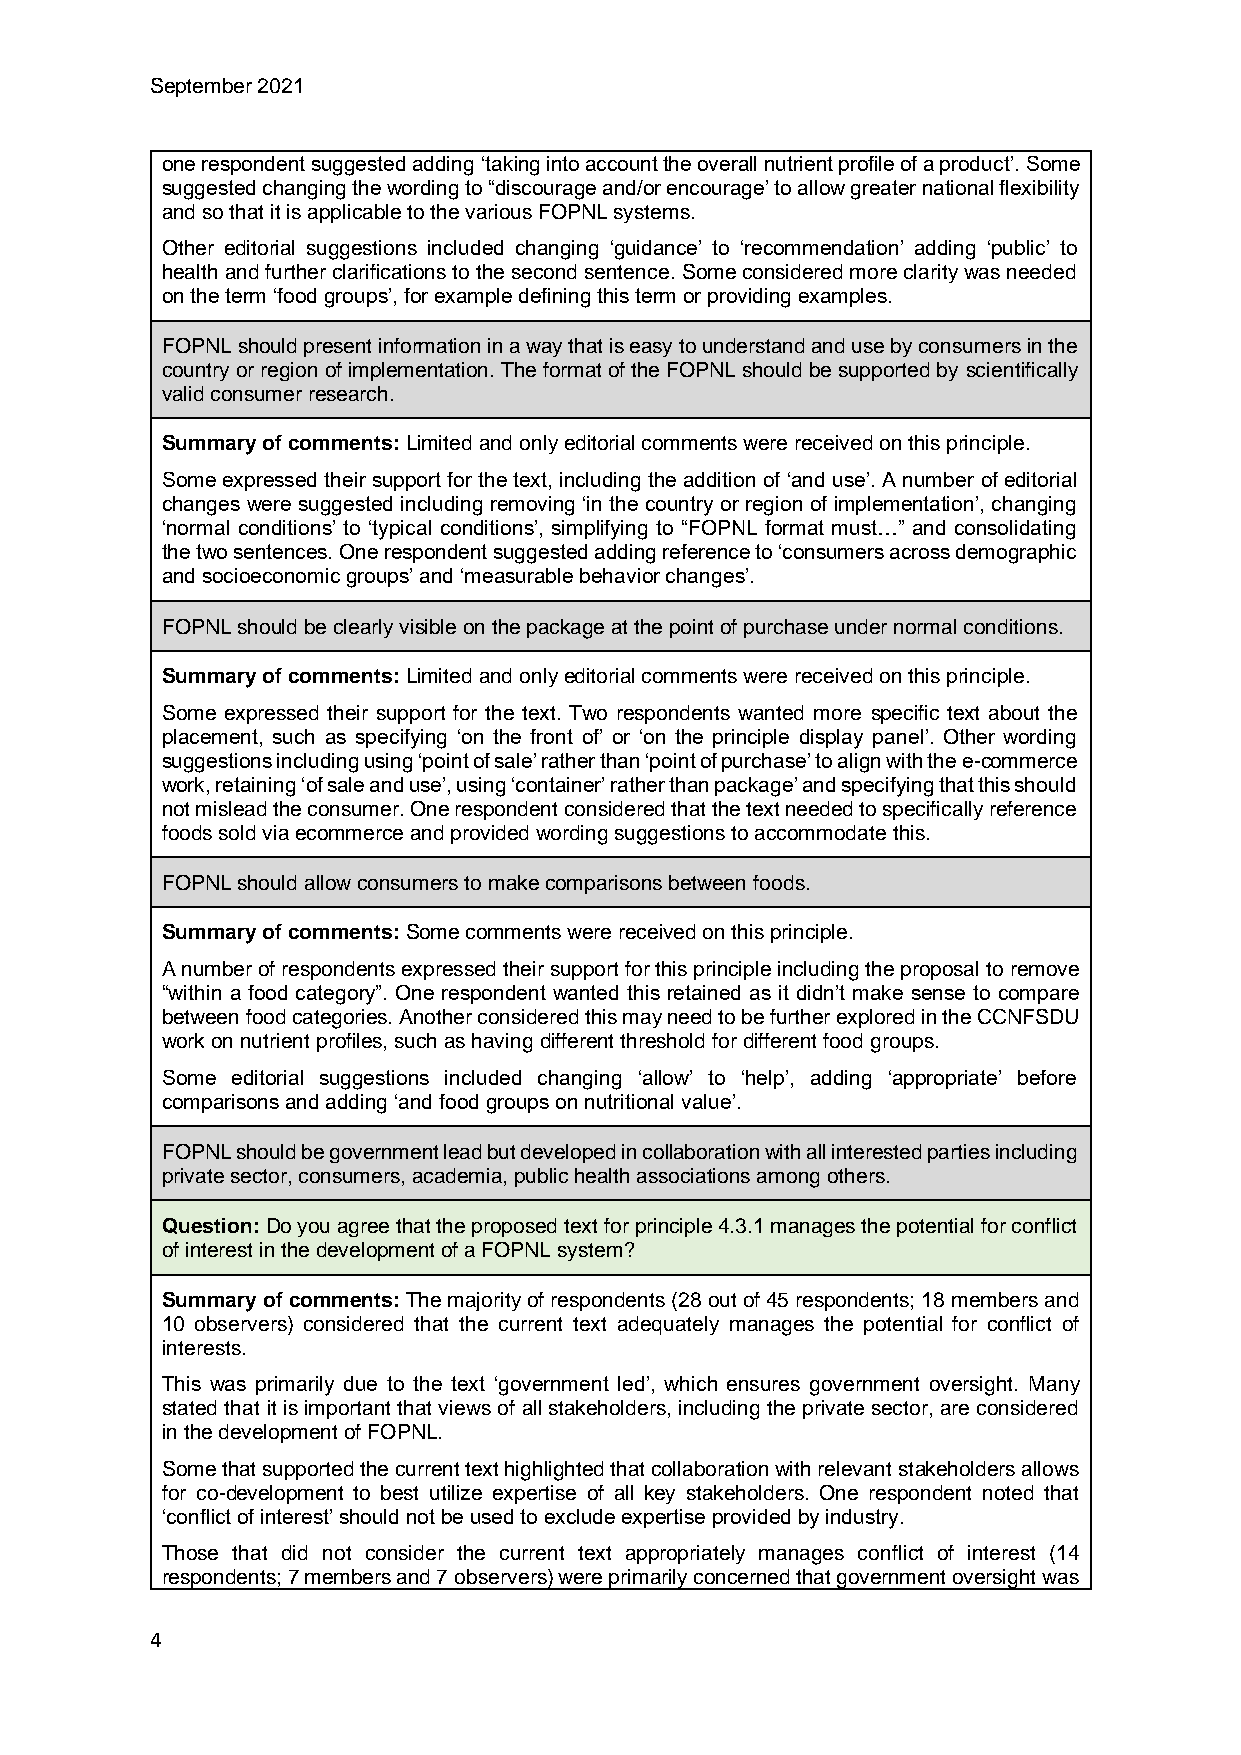
September 2021
 one respondent suggested adding ‘taking into account the overall nutrient profile of a product’. Some
 suggested changing the wording to “discourage and/or encourage’ to allow greater national flexibility
 and so that it is applicable to the various FOPNL systems.
 Other editorial suggestions included changing ‘guidance’ to ‘recommendation’ adding ‘public’ to
 health and further clarifications to the second sentence. Some considered more clarity was needed
 on the term ‘food groups’, for example defining this term or providing examples.
 FOPNL should present information in a way that is easy to understand and use by consumers in the
 country or region of implementation. The format of the FOPNL should be supported by scientifically
 valid consumer research.
 Summary of comments: Limited and only editorial comments were received on this principle.
 Some expressed their support for the text, including the addition of ‘and use’. A number of editorial
 changes were suggested including removing ‘in the country or region of implementation’, changing
 ‘normal conditions’ to ‘typical conditions’, simplifying to “FOPNL format must…” and consolidating
 the two sentences. One respondent suggested adding reference to ‘consumers across demographic
 and socioeconomic groups’ and ‘measurable behavior changes’.
 FOPNL should be clearly visible on the package at the point of purchase under normal conditions.
 Summary of comments: Limited and only editorial comments were received on this principle.
 Some expressed their support for the text. Two respondents wanted more specific text about the
 placement, such as specifying ‘on the front of’ or ‘on the principle display panel’. Other wording
 suggestions including using ‘point of sale’ rather than ‘point of purchase’ to align with the e-commerce
 work, retaining ‘of sale and use’, using ‘container’ rather than package’ and specifying that this should
 not mislead the consumer. One respondent considered that the text needed to specifically reference
 foods sold via ecommerce and provided wording suggestions to accommodate this.
 FOPNL should allow consumers to make comparisons between foods.
 Summary of comments: Some comments were received on this principle.
 A number of respondents expressed their support for this principle including the proposal to remove
 “within a food category”. One respondent wanted this retained as it didn’t make sense to compare
 between food categories. Another considered this may need to be further explored in the CCNFSDU
 work on nutrient profiles, such as having different threshold for different food groups.
 Some editorial suggestions included changing ‘allow’ to ‘help’, adding ‘appropriate’ before
 comparisons and adding ‘and food groups on nutritional value’.
 FOPNL should be government lead but developed in collaboration with all interested parties including
 private sector, consumers, academia, public health associations among others.
 Question: Do you agree that the proposed text for principle 4.3.1 manages the potential for conflict
 of interest in the development of a FOPNL system?
 Summary of comments: The majority of respondents (28 out of 45 respondents; 18 members and
 10 observers) considered that the current text adequately manages the potential for conflict of
 interests.
 This was primarily due to the text ‘government led’, which ensures government oversight. Many
 stated that it is important that views of all stakeholders, including the private sector, are considered
 in the development of FOPNL.
 Some that supported the current text highlighted that collaboration with relevant stakeholders allows
 for co-development to best utilize expertise of all key stakeholders. One respondent noted that
 ‘conflict of interest’ should not be used to exclude expertise provided by industry.
 Those that did not consider the current text appropriately manages conflict of interest (14
 respondents; 7 members and 7 observers) were primarily concerned that government oversight was
 4